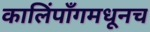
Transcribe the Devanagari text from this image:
कालिंपाँगमधूनच